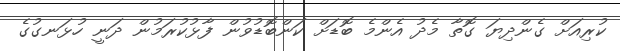
ކުރިއަށް ގެންދިޔަ ގޮތާ މެދު އެންމެ ބޮޑަށް ކަންބޮޑުވުން ފާޅުކުރަމުން ދަނީ ހުޅަނގުގެ